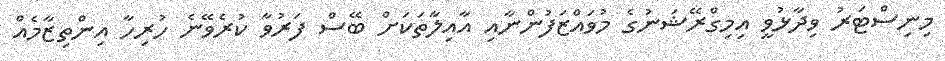
މިނިސްޓަރު ވިދާޅުވީ އިމިގްރޭޝަނުގެ މުވައްޒަފުންނާއި އާއިލާތަކަށް ބޭސް ފަރުވާ ކުރެވޭނެ ހުރިހާ އިންތިޒާމެއް